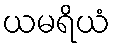
ယမရိယံ